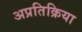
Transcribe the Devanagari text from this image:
अप्रतिक्रिया